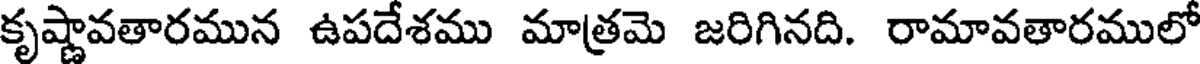
కృష్ణావతారమున ఉపదేశము మాత్రమె జరిగినది. రామావతారములో